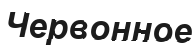
Червонное